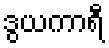
ဒွယကာရီ